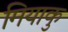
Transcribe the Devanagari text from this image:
मियाकु